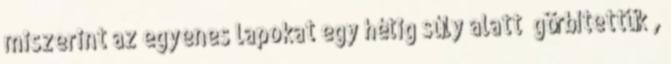
miszerint az egyenes lapokat egy hétig súly alatt „görbítettük”,